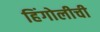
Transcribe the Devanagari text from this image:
हिंगोलीची